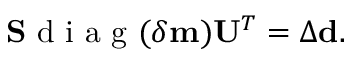
\begin{array} { r } { \mathbf { S } \mathrm { ~ d ~ i ~ a ~ g ~ } ( \delta \mathbf { m } ) \mathbf { U } ^ { T } = \Delta \mathbf { d } . } \end{array}